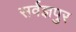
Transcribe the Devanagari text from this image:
सर्वज्ञपुर